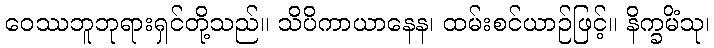
ဝေဿဘူဘုရားရှင်တို့သည်။ သိပိကာယာနေန၊ ထမ်းစင်ယာဉ်ဖြင့်။ နိက္ခမိံသု၊